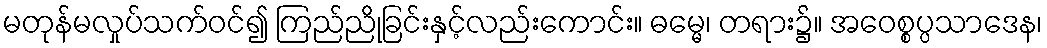
မတုန်မလှုပ်သက်ဝင်၍ ကြည်ညိုခြင်းနှင့်လည်းကောင်း။ ဓမ္မေ၊ တရား၌။ အဝေစ္စပ္ပသာဒေန၊